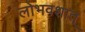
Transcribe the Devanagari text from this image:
लोभवशात्